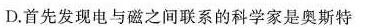
D.首先发现电与磁之间联系的科学家是奥斯特